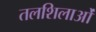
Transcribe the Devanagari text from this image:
तलशिलाओं